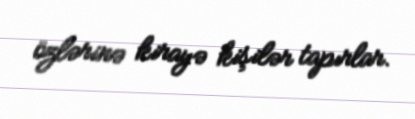
özlərinə kirayə kişilər tapırlar.